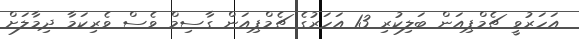
އަހަރުވީ ޗެމްޕިއަން ބަލިކުރި 13 އަހަރުގެ ޗެމްޕިއަން ގާސިމް ވެސް ވެރިކަމާ ދިމާލަށް